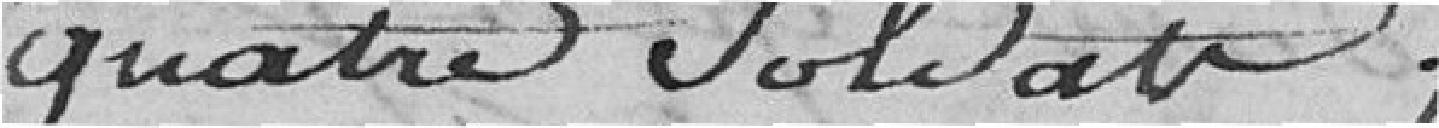
quatre soldats ;